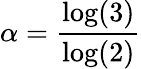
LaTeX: \alpha=\frac{\log(3)}{\log(2)}